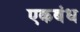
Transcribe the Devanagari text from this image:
एकबंध